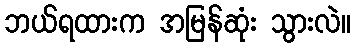
ဘယ်ရထားက အမြန်ဆုံး သွားလဲ။